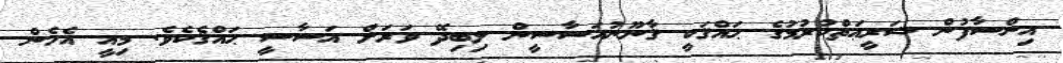
އިންސާފުން ޝަރީޢަތްކުރުމުގެ ޙައްޤަކީ ޤާނޫނުއަސާސީން ލިބިދޭ ވަރަށް އަސާސީ ޙައްޤެކެވެ. މިއީ އެހެން